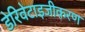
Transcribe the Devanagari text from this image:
डेरिवेटाइजीकरण